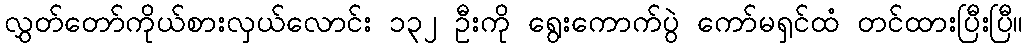
လွှတ်တော်ကိုယ်စားလှယ်လောင်း ၁၃၂ ဦးကို ရွေးကောက်ပွဲ ကော်မရှင်ထံ တင်ထားပြီးပြီ။